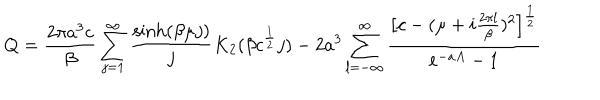
LaTeX: Q = \frac { 2 \pi a ^ { 3 } c } { \beta } \sum _ { j = 1 } ^ { \infty } \frac { \sinh ( \beta \mu j ) } { j } K _ { 2 } ( \beta c ^ { \frac { 1 } { 2 } } j ) - 2 a ^ { 3 } \sum _ { l = - \infty } ^ { \infty } \frac { \bigl [ c - ( \mu + i \frac { 2 \pi l } { \beta } ) ^ { 2 } \bigr ] ^ { \frac { 1 } { 2 } } } { e ^ { - a A } - 1 }